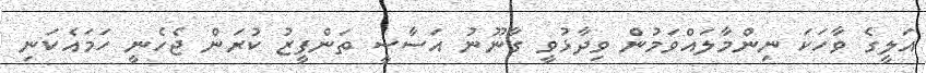
އަލީގެ ވާހަކަ ނިންމާލައްވަމުން ވިދާޅުވީ ގާނޫނު އަސާސީ ތަންފީޒު ކުރަން ޖެހެނީ ހަމައެކަނި